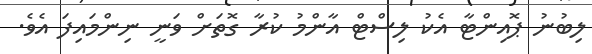
ލިބުނު ޕޮއިންޓާ އެކު ލިސްޓް އާންމު ކުރާ ގޮތަށް ވަނީ ނިންމައިފަ އެވެ.